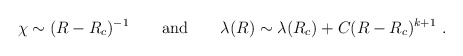
\begin{align*}\chi \sim (R-R_c)^{-1} \qquad {\rm and} \qquad\lambda(R) \sim \lambda(R_c) + C(R-R_c)^{k+1}\ .\end{align*}